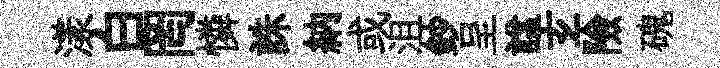
漾白罔憐誅納或沮鈔呈諡𤣥險磈